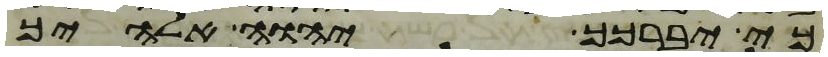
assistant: כי יברכך יהוה אלהיך